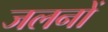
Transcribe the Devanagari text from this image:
जलनों